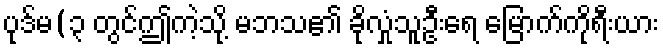
ပုဒ်မ(၃ တွင်ဤကဲ့သို့ မဘသ၏ ခိုလှုံသူဦးရေ မြောက်ကိုရီးယား